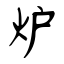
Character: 炉